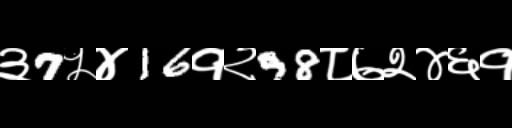
Text: ३7५४16१२98८७२४६१